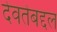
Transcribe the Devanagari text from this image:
देवतेबद्दल